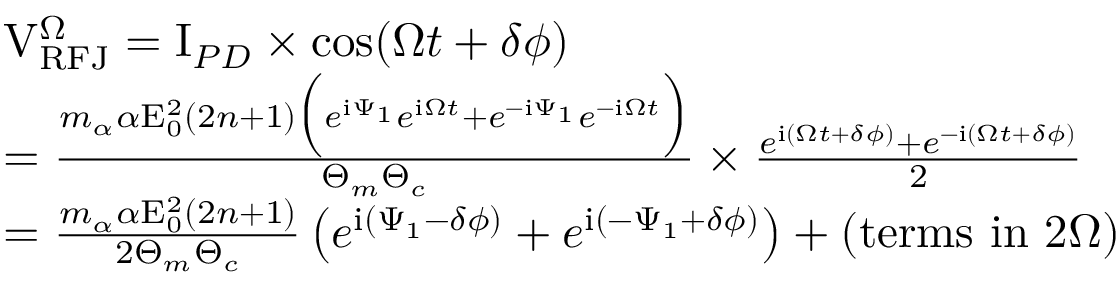
\begin{array} { r l } & { \mathrm { V } _ { \mathrm { R F J } } ^ { \Omega } = \mathrm { I } _ { P D } \times \cos ( \Omega t + \delta \phi ) } \\ & { = \frac { m _ { \alpha } \alpha \mathrm { E } _ { 0 } ^ { 2 } ( 2 n + 1 ) \Big ( e ^ { \mathrm { i } \Psi _ { 1 } } e ^ { \mathrm { i } \Omega t } + e ^ { - \mathrm { i } \Psi _ { 1 } } e ^ { - \mathrm { i } \Omega t } \Big ) } { \Theta _ { m } \Theta _ { c } } \times \frac { e ^ { \mathrm { i } ( \Omega t + \delta \phi ) } + e ^ { - \mathrm { i } ( \Omega t + \delta \phi ) } } { 2 } } \\ & { = \frac { m _ { \alpha } \alpha \mathrm { E } _ { 0 } ^ { 2 } ( 2 n + 1 ) } { 2 \Theta _ { m } \Theta _ { c } } \left( e ^ { \mathrm { i } ( \Psi _ { 1 } - \delta \phi ) } + e ^ { \mathrm { i } ( - \Psi _ { 1 } + \delta \phi ) } \right) + \left( \mathrm { t e r m s ~ i n ~ } 2 \Omega \right) } \end{array}